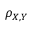
\rho _ { X , Y }